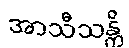
အာသီသန္တိ